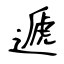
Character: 遞